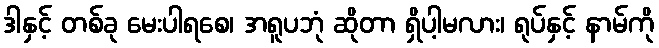
ဒါနှင့် တစ်ခု မေးပါရစေ၊ အရူပဘုံ ဆိုတာ ရှိပါ့မလား၊ ရုပ်နှင့် နာမ်ကို